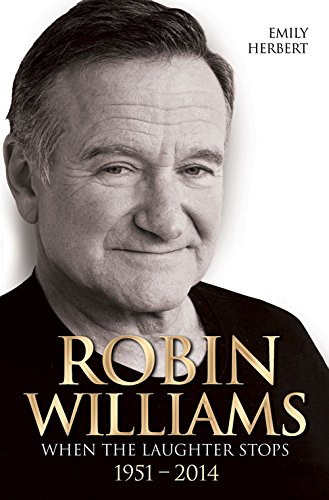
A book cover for Robin Williams: When the Laughter Stops 1951EE2014; Emily Herbert; Humor & Entertainment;